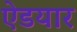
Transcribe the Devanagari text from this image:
ऐडयार